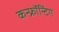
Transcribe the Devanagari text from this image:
कन्फ्रॉन्टिंग